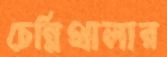
চেন্নিথালার